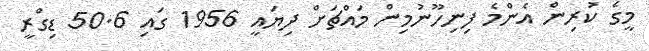
މީގެ ކުރިން އެންމެ ފިނިހޫނުމިން މައްޗަށް ދިޔައީ 1956 ގައި 50.6 ޑިގްރީ